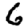
Digit: 6